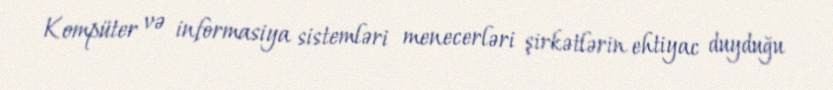
Kompüter və informasiya sistemləri menecerləri şirkətlərin ehtiyac duyduğu